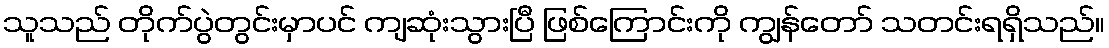
သူသည် တိုက်ပွဲတွင်းမှာပင် ကျဆုံးသွားပြီ ဖြစ်ကြောင်းကို ကျွန်တော် သတင်းရရှိသည်။